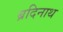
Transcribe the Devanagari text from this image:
ब्रदिनाथ